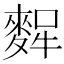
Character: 𪌸